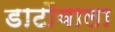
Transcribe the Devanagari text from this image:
डाटोंवाला